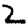
Digit: 2